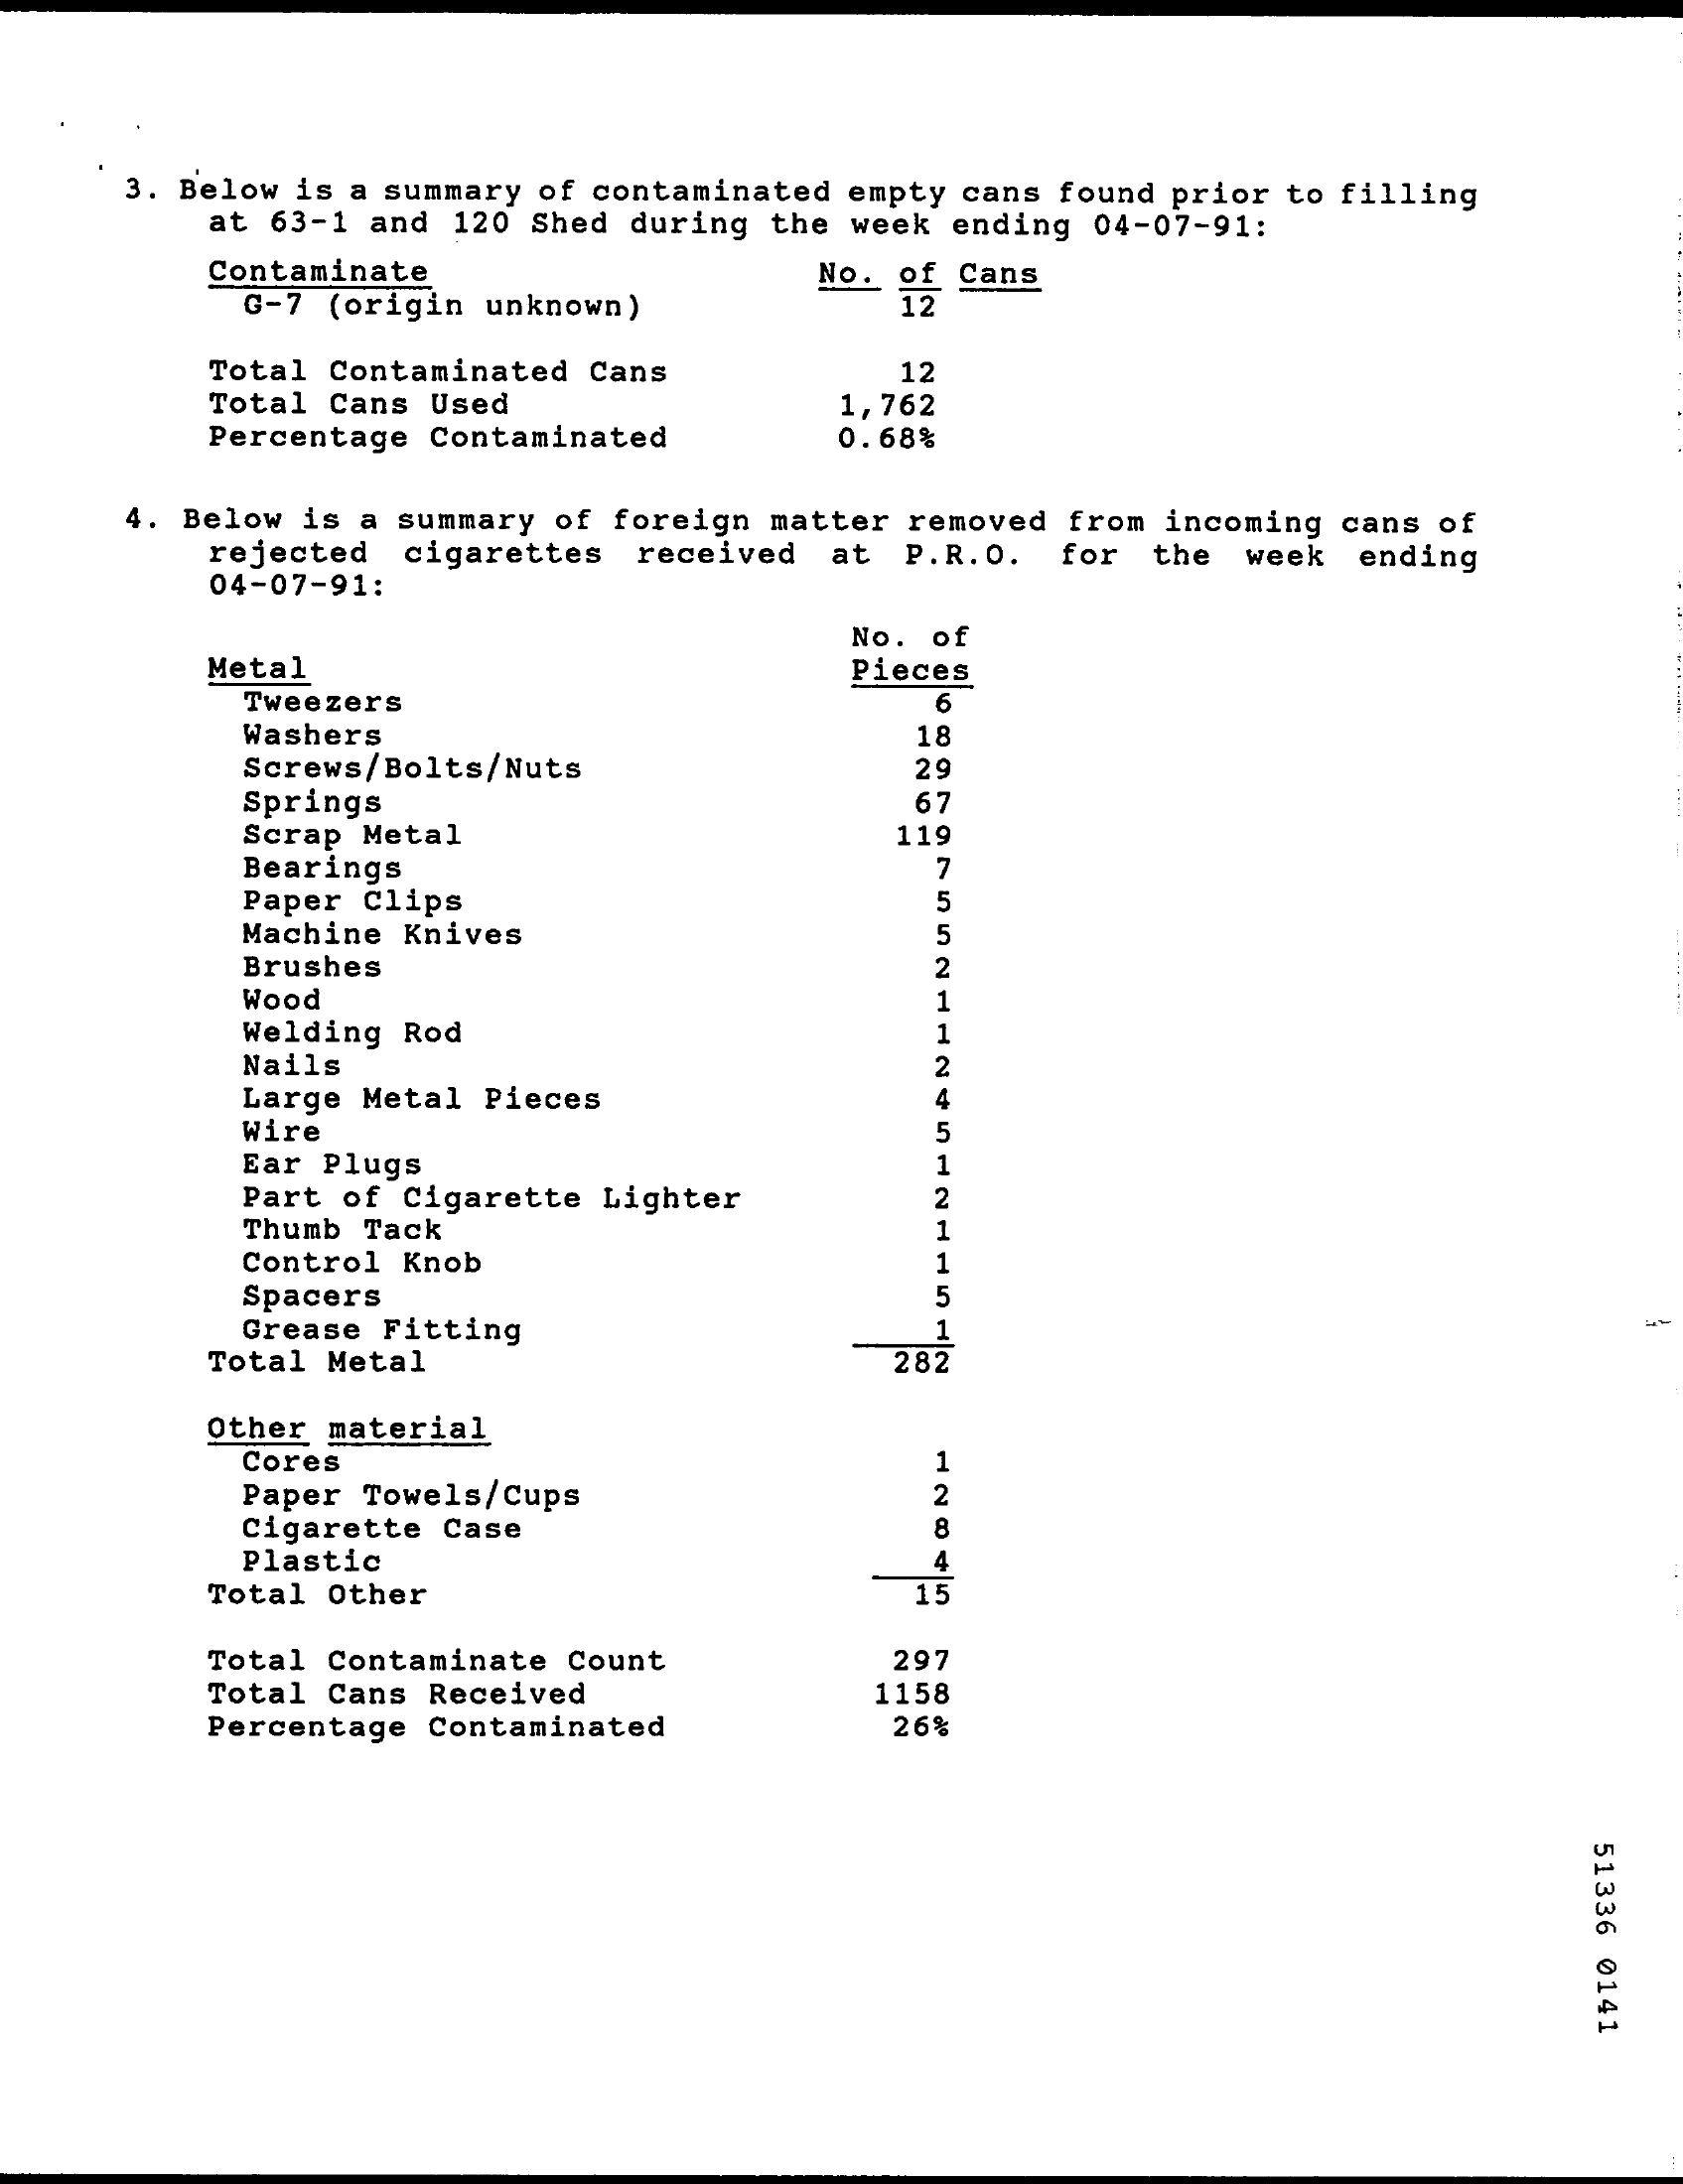
3. Below is a summary of contaminated empty cans found prior to filling
     at 63-1 and 120 Shed during the week ending 04-07-91:
     Contaminate
     G-7 (origin unknown)
     No. of Cans
     12
     Total Contaminated Cans    12
     Total Cans Used    1,762
     Percentage Contaminated    0.68%
     4. Below is a summary of foreign matter removed from incoming cans of
     rejected cigarettes received at P.R.O. for the week ending
     04-07-91:
     No. of
     Metal    Pieces
     Tweezers    6
     Washers    18
     Screws/Bolts/Nuts    29
     Springs    67
     Scrap Metal    119
     Bearings    7
     Paper Clips    5
     Machine Knives    5
     Brushes    2
     Wood    1
     Welding Rod    1
     Nails    2
     Large Metal Pieces    4
     Wire
     Ear Plugs    1
     Part of Cigarette Lighter    2
     Thumb Tack    1
     Control Knob    1
     Spacers    5
     Grease Fitting    1
     Total Metal    282
     Other material
     Cores
     Paper Towels/Cups    2
     Cigarette Case    8
     Plastic    4
     Total Other    15
     Total Contaminate Count    297
     Total Cans Received    1158
     Percentage Contaminated    26%
     51336
     0141